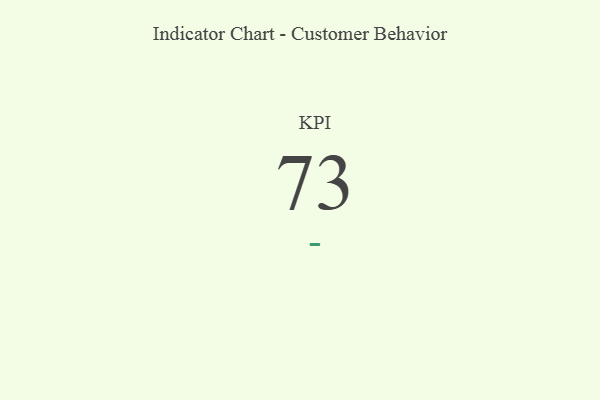
{"axis": {"x": "KPI", "y": "Value"}, "legend": [""], "data": [{"x": "KPI", "y": 73, "type": ""}]}